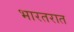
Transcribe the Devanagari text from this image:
भारतरात